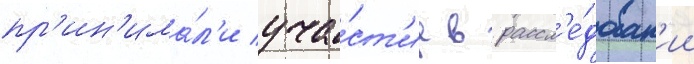
пр'ин'има́л'и уча́ст'ие в рассл'е́дован'ии